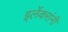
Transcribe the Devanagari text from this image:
इर्लेकरांनी